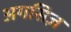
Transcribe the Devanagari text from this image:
अगसिज़